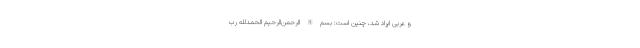
و عربی ایراد شد، چنین است: بسم‌اللّه‌الرّحمن‌الرّحیم الحمدللّه ربّ